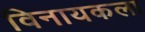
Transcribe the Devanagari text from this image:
विनायकला